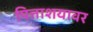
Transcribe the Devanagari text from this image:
पित्ताशयावर